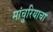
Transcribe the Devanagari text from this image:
मांचुरियाचा